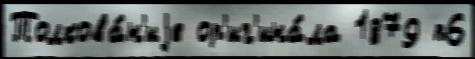
Толкова́н'иjе ор'иг'ина́ла 1879 п6